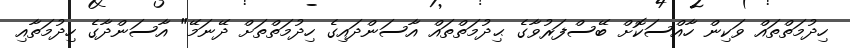
ހިދުމަތްތައް ވަކިން ހާއްސަކޮށް ބޭސްފަރުވާގެ ޙިދުމަތްތައް އާސަންދައިގެ ހިދުމަތްތަށް ދޭނަމޭ" އާސަންދާގެ ހިދުމަތާއި